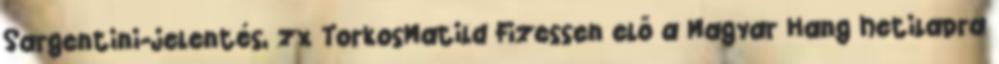
Sargentini-jelentés, zx TorkosMatild Fizessen elő a Magyar Hang hetilapra